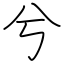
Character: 兮